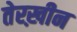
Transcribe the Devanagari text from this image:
तेरख़ीन